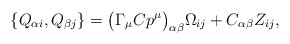
\begin{align*}\{Q_{\alpha i},Q_{\beta j}\}= \bigl( \Gamma_\mu C p^\mu\bigr)_{\alpha\beta}\Omega_{ij} +C_{\alpha\beta}Z_{ij},\end{align*}